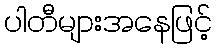
ပါတီများအနေဖြင့်